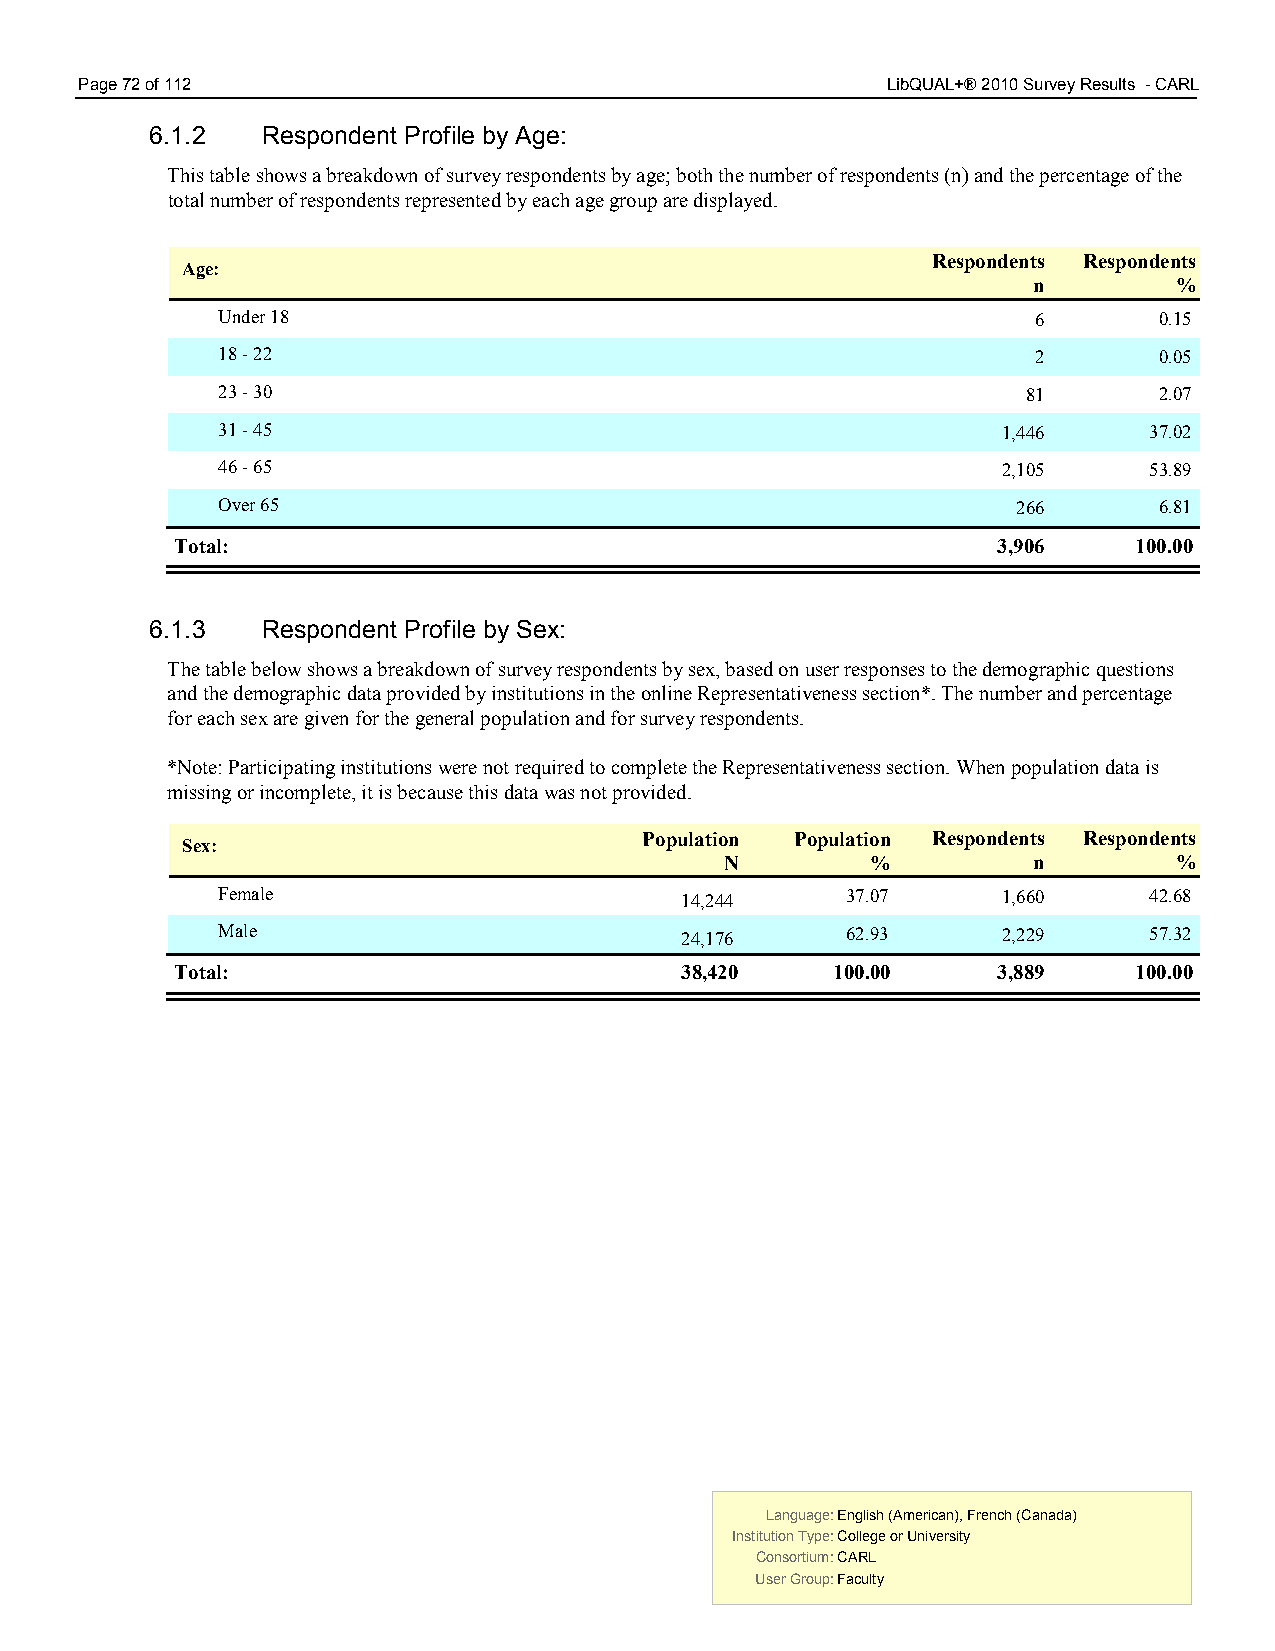
Page 72 of 112                                        LibQUAL+® 2010 Survey Results - CARL
 6.1.2  Respondent Profile by Age:
 This table shows a breakdown of survey respondents by age; both the number of respondents (n) and the percentage of the
 total number of respondents represented by each age group are displayed.
 Respondents Respondents
 Age:
 n         %
 Under 18                                               6       0.15
 18 - 22                                                2       0.05
 23 - 30                                               81       2.07
 31 - 45                                             1,446     37.02
 46 - 65                                             2,105     53.89
 Over 65                                              266       6.81
 Total:                                                3,906    100.00
 6.1.3  Respondent Profile by Sex:
 The table below shows a breakdown of survey respondents by sex, based on user responses to the demographic questions
 and the demographic data provided by institutions in the online Representativeness section*. The number and percentage
 for each sex are given for the general population and for survey respondents.
 *Note: Participating institutions were not required to complete the Representativeness section. When population data is
 missing or incomplete, it is because this data was not provided.
 Population Population Respondents Respondents
 Sex:
 N         %         n         %
 Female                         14,244     37.07     1,660     42.68
 Male                           24,176     62.93     2,229     57.32
 Total:                           38,420    100.00     3,889    100.00
 Language: English (American), French (Canada) Language: English (American), French (Canada)
 Institution Type: College or University  Institution Type: College or University
 Consortium: CARL                         Consortium: CARL
 User Group: Faculty                      User Group: Faculty